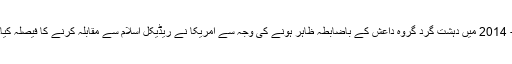
- 2014 میں دہشت گرد گروہ داعش کے باضابطہ ظاہر ہونے کی وجہ سے امریکا نے ریڈیکل اسلام سے مقابلہ کرنے کا فیصلہ کیا۔